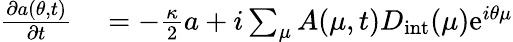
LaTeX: \begin{array}{rl}{\frac{\partial a(\theta,t)}{\partial t}}&{{}=-\frac{\kappa}{2}a+i\sum_{\mu}A(\mu,t)D_{\mathrm{int}}(\mu)\mathrm{e}^{i\theta\mu}}\end{array}